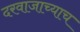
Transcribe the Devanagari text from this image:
दरवाजाच्याच